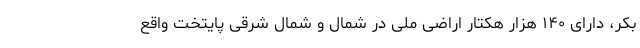
بکر، دارای ۱۴۰ هزار هکتار اراضی ملی در شمال و شمال شرقی پایتخت واقع